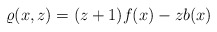
\begin{align*}\varrho(x, z)=(z+1)f(x)-zb(x)\end{align*}